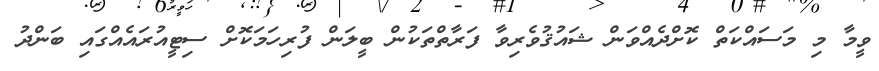
ވީމާ މި މަސައްކަތް ކޮށްދެއްވަން ޝައުޤުވެރިވާ ފަރާތްތަކުން ބީލަން ފުރިހަމަކޮށް ސިޓީއުރައެއްގައި ބަންދު